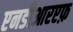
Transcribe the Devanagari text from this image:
एनडीआरएफ़